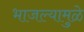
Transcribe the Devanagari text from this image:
भाजल्यामुळे